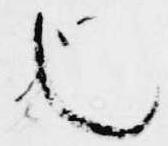
也